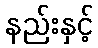
နည်းနှင့်